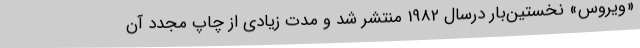
«ویروس»‌ نخستین‌بار درسال 1982 منتشر شد و مدت زیادی از چاپ مجدد آن